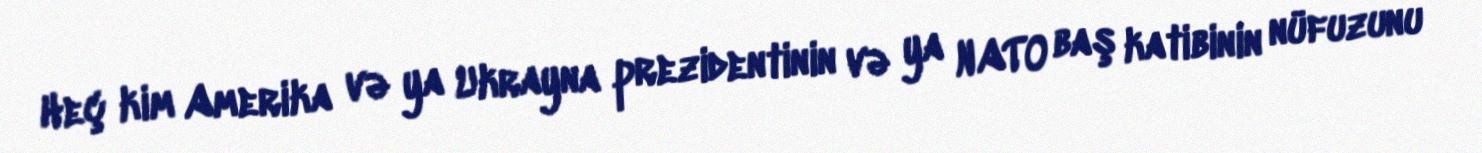
Heç kim Amerika və ya Ukrayna prezidentinin və ya NATO baş katibinin nüfuzunu